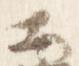
公